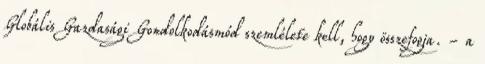
Globális Gazdasági Gondolkodásmód szemlélete kell, hogy összefogja. - a